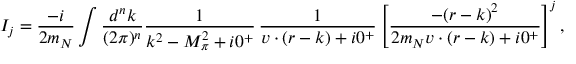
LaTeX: I _ { j } = \frac { - i } { 2 m _ { N } } \int \frac { d ^ { n } k } { ( 2 \pi ) ^ { n } } \frac { 1 } { k ^ { 2 } - M _ { \pi } ^ { 2 } + i 0 ^ { + } } \, \frac { 1 } { v \cdot ( r - k ) + i 0 ^ { + } } \left[ \frac { - ( r - k ) ^ { 2 } } { 2 m _ { N } v \cdot ( r - k ) + i 0 ^ { + } } \right] ^ { j } ,